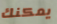
يمكنك